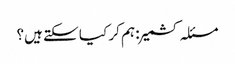
مسئلہ کشمیر : ہم کر کیا سکتے ہیں؟